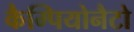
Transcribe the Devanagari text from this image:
कैम्पियोनैटो